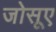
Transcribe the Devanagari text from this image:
जोसूए